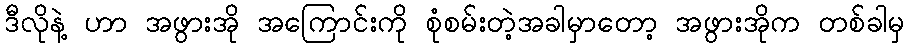
ဒီလိုနဲ့ ဟာ အဖွားအို အကြောင်းကို စုံစမ်းတဲ့အခါမှာတော့ အဖွားအိုက တစ်ခါမှ